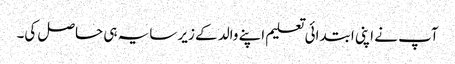
آپ نے اپنی ابتدائی تعلیم اپنے والد کے زیر سایہ ہی حاصل کی۔